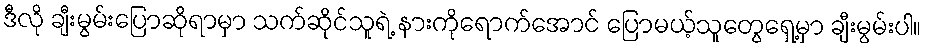
ဒီလို ချီးမွမ်းပြောဆိုရာမှာ သက်ဆိုင်သူရဲ့ နားကိုရောက်အောင် ပြောမယ့်သူတွေရှေ့မှာ ချီးမွမ်းပါ။